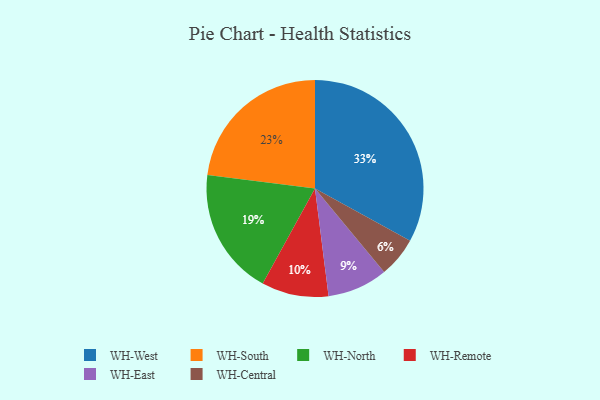
{"axis": {"x": "Category", "y": "Percentage"}, "legend": ["WH-Central", "WH-East", "WH-North", "WH-Remote", "WH-South", "WH-West"], "data": [{"x": "WH-West", "y": 33, "type": "WH-West"}, {"x": "WH-Remote", "y": 10, "type": "WH-Remote"}, {"x": "WH-South", "y": 23, "type": "WH-South"}, {"x": "WH-North", "y": 19, "type": "WH-North"}, {"x": "WH-Central", "y": 6, "type": "WH-Central"}, {"x": "WH-East", "y": 9, "type": "WH-East"}]}